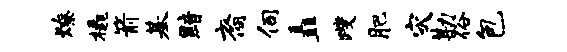
燎橇箭基黯裔伺矗躞肥灾勘俗包